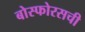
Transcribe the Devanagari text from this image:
बोस्फोरसची